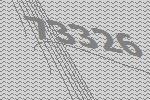
73326